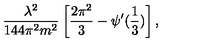
\frac { \lambda ^ { 2 } } { 1 4 4 \pi ^ { 2 } m ^ { 2 } } \left[ \frac { 2 \pi ^ { 2 } } { 3 } - \psi ^ { \prime } ( \frac { 1 } { 3 } ) \right] ,